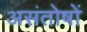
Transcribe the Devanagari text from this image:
असंतोषों